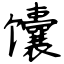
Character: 馕